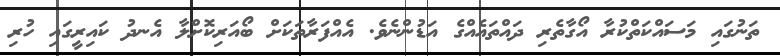
ތަނުގައި މަސައްކަތްކުރާ އޯގާތެރި ދައްތައެއްގެ އަޑުންނެވެ. އެއްފަރާތަކަށް ބޯއަރިކޮށްލާ އެނދު ކައިރީގައި ހުރި